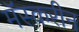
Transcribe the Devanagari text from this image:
मॅस्करीन